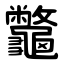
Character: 龞